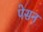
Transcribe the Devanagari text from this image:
पेसन